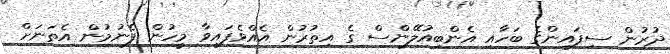
ދުރުން ސިފައިންގެ ބަހާއި އެންބިއުލޭންސް ގެ އިތުރުން އެއްވެފައިވާ މީހުން ފެނުމުން އެތަނަށް